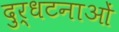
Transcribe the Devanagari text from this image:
दुर्धटनाओं